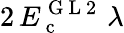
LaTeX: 2\, E_{\mathrm{~c~}}^{\mathrm{~G~L~2~}}\, \lambda